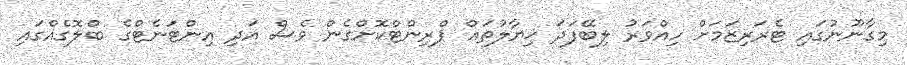
މިގާނޫނުގައި ޓެރަރިޒަމަށް ހިއްވަރު ލިބޭފަދަ ޚިޔާލުތައް ޕްރިންޓްކޮށްގެން ވެސް އަދި އިންޓަނެޓްގެ ބްލޮގެއްގައި